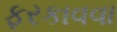
ફરકાવવા